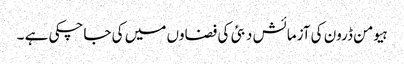
ہیومن ڈرون کی آزمائش دبئی کی فضاوں میں کی جاچکی ہے ۔